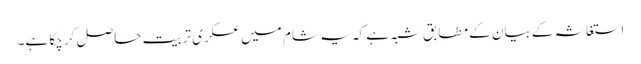
استغاثہ کے بیان کے مطابق شبہ ہے کہ یہ شام میں عسکری تربیت حاصل کر چکا ہے۔